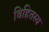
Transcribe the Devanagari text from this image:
विहितस्य